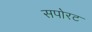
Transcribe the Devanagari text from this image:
सपोरट